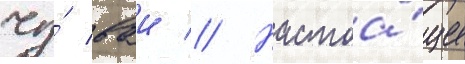
чу́ ваи // Настоа́щее